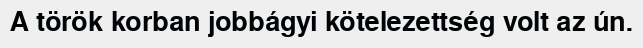
A török korban jobbágyi kötelezettség volt az ún.